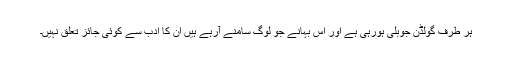
ہر طرف گولڈن جوبلی ہورہی ہے اور اس بہانے جو لوگ سامنے آرہے ہیں ان کا ادب سے کوئی جائز تعلق نہیں۔